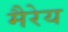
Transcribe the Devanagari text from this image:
मैरेय